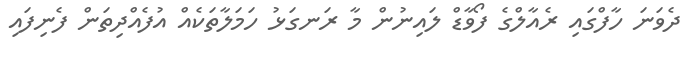
ދެވަނަ ހާފްގައި ރެއާލްގެ ފޯވާޑް ލައިނުން މާ ރަނގަޅު ހަމަލާތަކެއް އުފެއްދިތަން ފެނިފައި